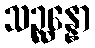
သဉ္ဆန္နော